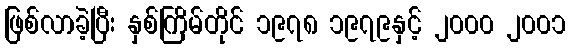
ဖြစ်လာခဲ့ပြီး နှစ်ကြိမ်တိုင် ၁၉၇၈ ၁၉၇၉နှင့် ၂၀၀၀ ၂၀၀၁